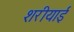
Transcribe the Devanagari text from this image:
शरीयाई